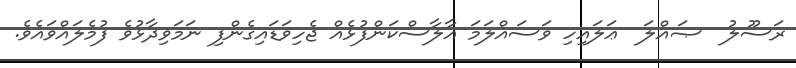
ރަސޫލު  ޞައްލަ  ޢަލައިހި ވަސައްލަމަ އާލާސްކަންފުޅެއް ޖެހިވަޑައިގެންފި ނަމަވިދާޅުވެ ފުމެލައްވައެވެ.